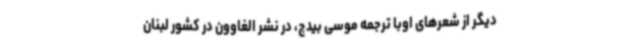
دیگر از شعرهای اوبا ترجمه‌ موسی بیدج، در نشر الغاوون در کشور لبنان